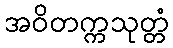
အဝိတက္ကသုတ္တံ